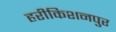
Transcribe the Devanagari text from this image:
हरीकिशनपुर